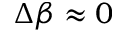
\Delta \beta \approx 0